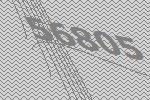
56805